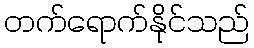
တက်ရောက်နိုင်သည်